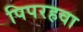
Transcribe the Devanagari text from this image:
पिपरहवा